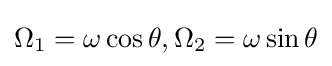
\Omega _{1}=\omega \cos \theta ,\Omega _{2}=\omega \sin \theta